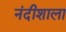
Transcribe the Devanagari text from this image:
नंदीशाला